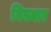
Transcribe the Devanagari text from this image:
मिस्मार